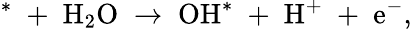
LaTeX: \mathrm{^{*}\; +\; H_{2}O\; \rightarrow\; OH^{*}\; +\; H^{+}\; +\; e^{-}},